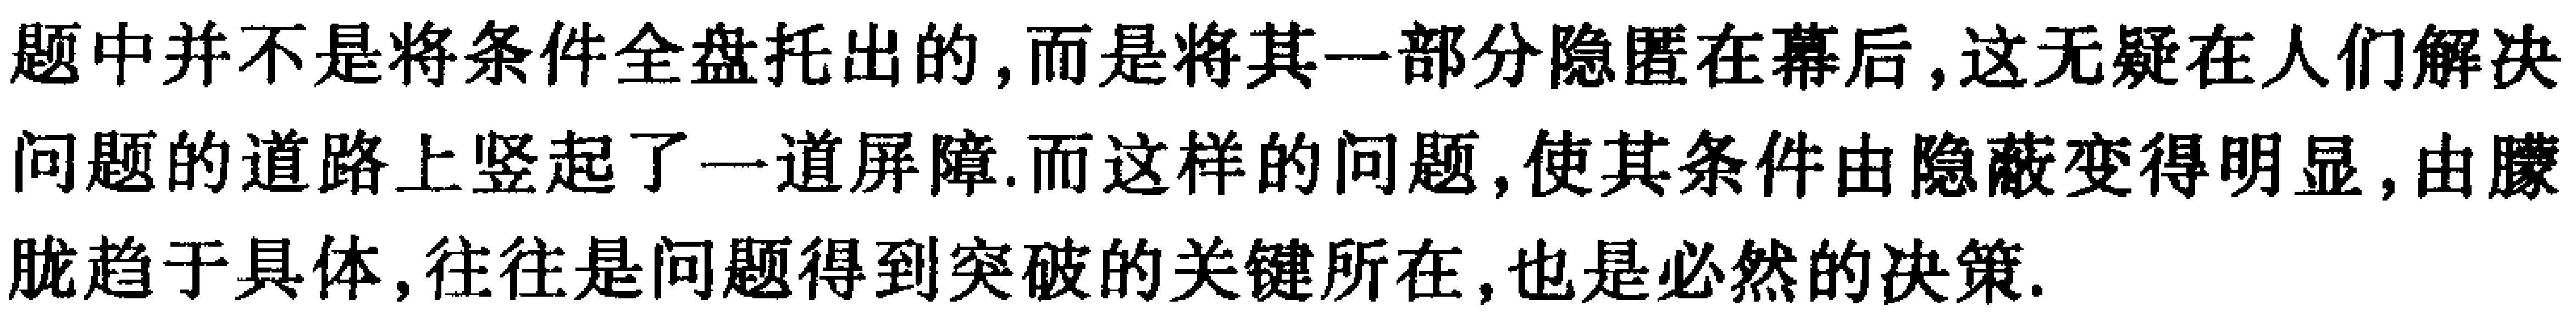
题中并不是将条件全盘托出的,而是将其一部分隐匿在幕后,这无疑在人们解决问题的道路上竖起了一道屏障.而这样的问题,使其条件由隐蔽变得明显,由朦胧趋于具体,往往是问题得到突破的关键所在,也是必然的决策.